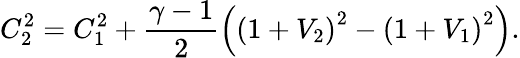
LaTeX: C_{2}^{2}=C_{1}^{2}+\frac{\gamma-1}{2}\left(\left(1+V_{2}\right)^{2}-\left(1+V_{1}\right)^{2}\right).